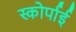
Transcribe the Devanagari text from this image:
स्कोर्पाई